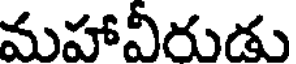
మహావీరుడు